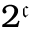
2 ^ { \mathfrak { c } }